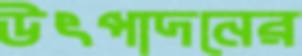
উৎপাদনের